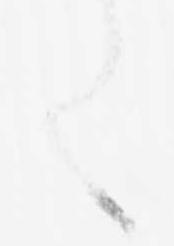
く